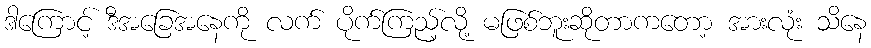
ဒါကြောင့် ဒီအခြေအနေကို လက် ပိုက်ကြည့်လို့ မဖြစ်ဘူးဆိုတာကတော့ အားလုံး သိနေ